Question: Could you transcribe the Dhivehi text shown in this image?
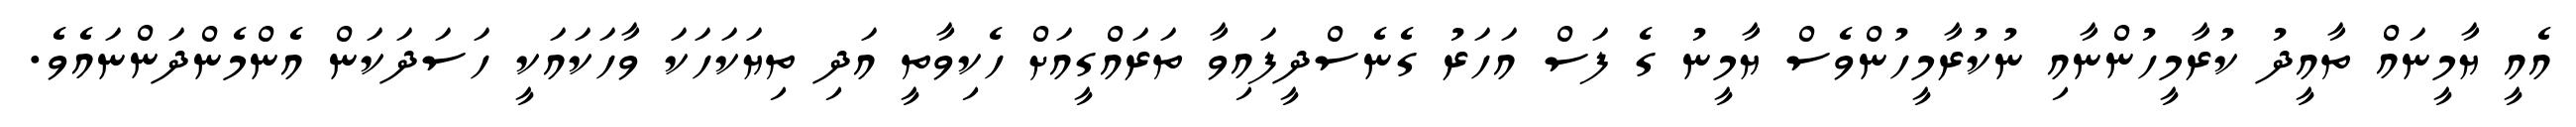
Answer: އެއީ ޔާމީނައް ތާއީދު ކުރާމީހުންނާއި ނުކުރާމީހުންވެސް ޔާމީނު ގެ ފަސް އަހަރު ގެނެސްދީފައިވާ ތަރައްގީއަށް ހެކިވާތީ އަދި ތިޔަކަހަކަ ވާހަކައަކީ ހަސަދަކަން އެންމެންދަންނައެވެ.